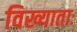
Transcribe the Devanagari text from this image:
विख्याताः